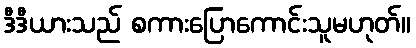
ဒီဒီယားသည် စကားပြောကောင်းသူမဟုတ်။